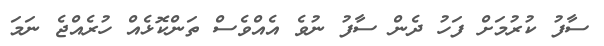
ސާފު ކުރުމަށް ފަހު ދެން ސާފު ނުވެ އެއްވެސް ތަންކޮޅެއް ހުރެއްޖެ ނަމަ